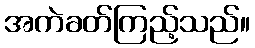
အကဲခတ်ကြည့်သည်။